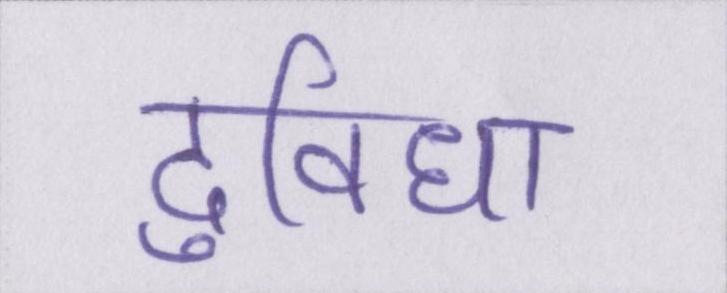
दुविधा